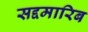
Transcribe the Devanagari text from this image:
सद्दमारिब